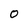
Character: 0